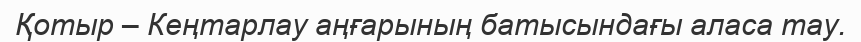
Қотыр – Кеңтарлау аңғарының батысындағы аласа тау.